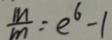
\frac { M } { m } = e ^ { 6 } - 1